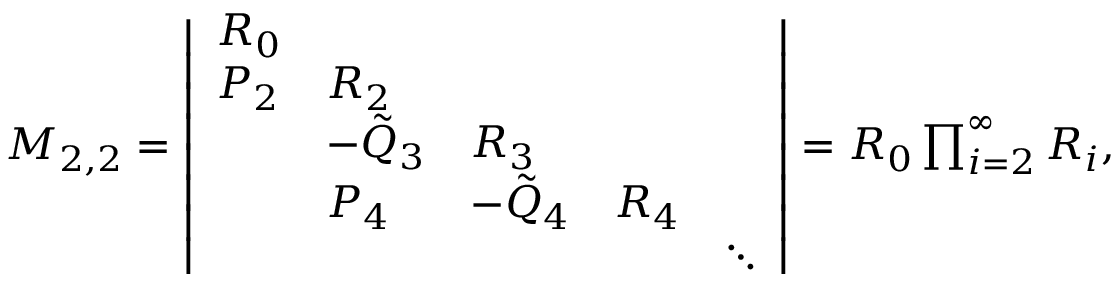
\begin{array} { r } { M _ { 2 , 2 } = \left| \begin{array} { l l l l l } { R _ { 0 } } & & & & \\ { P _ { 2 } } & { R _ { 2 } } & & & \\ & { - \tilde { Q } _ { 3 } } & { R _ { 3 } } & & \\ & { P _ { 4 } } & { - \tilde { Q } _ { 4 } } & { R _ { 4 } } & \\ & & & & { \ddots } \end{array} \right| = R _ { 0 } \prod _ { i = 2 } ^ { \infty } R _ { i } , } \end{array}